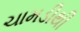
ચામડીથી